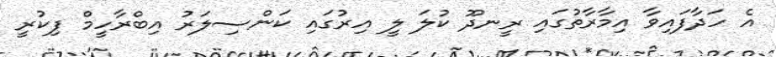
އެ ހަދާފައިވާ އިމާރާތުގައި ރީނދޫ ކުލަ ލީ އިރުގައި ކަންސިލަރު އިބްރާހީމް ފިކުރީ